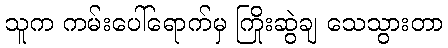
သူက ကမ်းပေါ်ရောက်မှ ကြိုးဆွဲချ သေသွားတာ